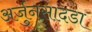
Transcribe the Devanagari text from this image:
अर्जुनसादडा